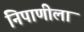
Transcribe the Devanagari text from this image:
निपाणीला